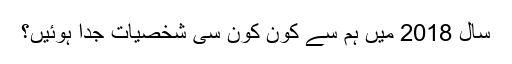
سال 2018 میں ہم سے کون کون سی شخصیات جدا ہوئیں؟